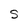
Character: S